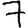
Digit: 7